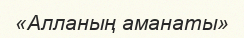
«Алланың аманаты»